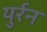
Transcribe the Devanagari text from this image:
युर्रन